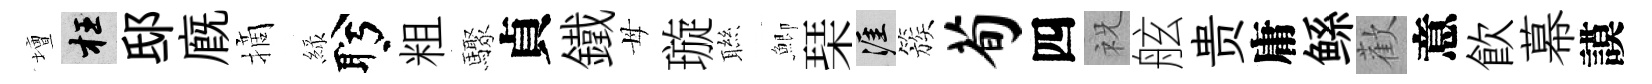
壇枉邸廐摘緑盻粗驟貞鐵母璇聮鯽琹涯簇荀四祝舷贵庸鲧歡意飮幕謨